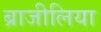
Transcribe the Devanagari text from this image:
ब्राजीलिया